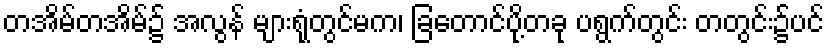
တအိမ်တအိမ်၌ အလွန် များရုံတွင်မက၊ ခြတောင်ပို့တခု ပရွက်တွင်း တတွင်း၌ပင်